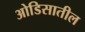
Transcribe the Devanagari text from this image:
ओडिसातील